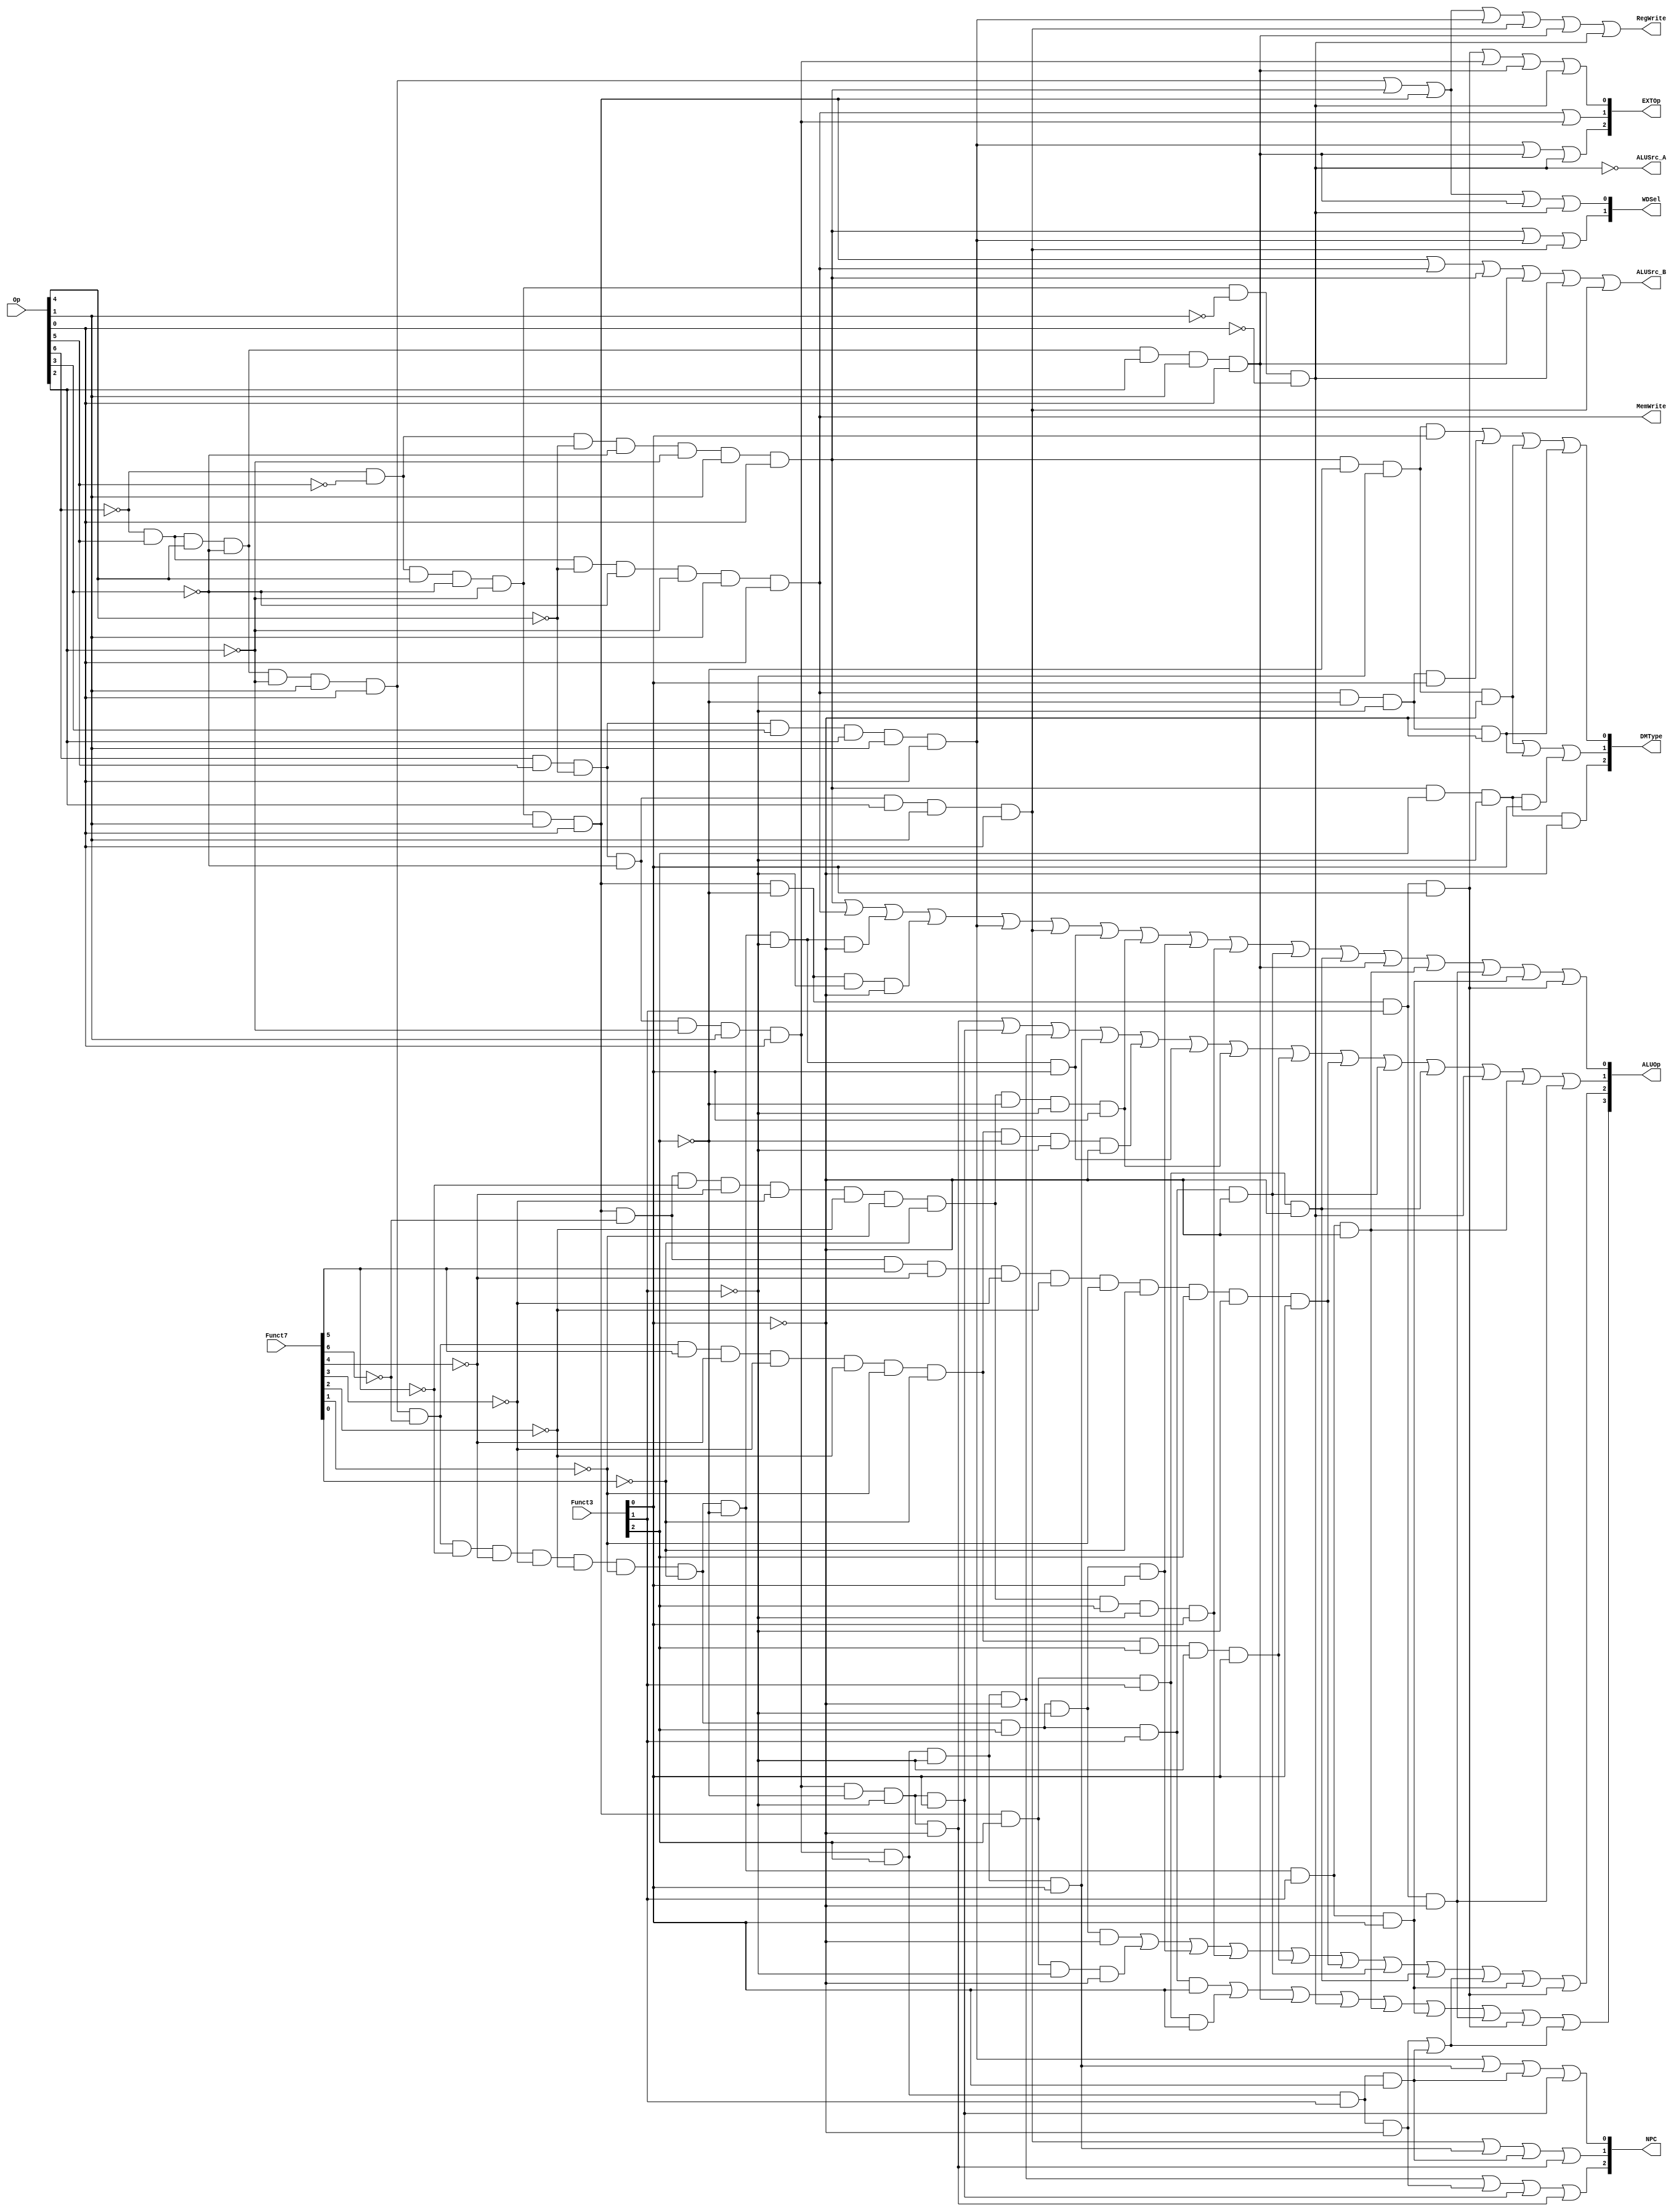
`timescale 1ns / 1ps
//////////////////////////////////////////////////////////////////////////////////
// Company: 
// Engineer: 
// 
// Design Name: 
// Module Name: CTRL
// Project Name: 
// Target Devices: 
// Tool Versions: 
// Description: 
// 
// Dependencies: 
// 
// Revision:
// Revision 0.01 - File Created
// Additional Comments:
// 
//////////////////////////////////////////////////////////////////////////////////

module ctrl(
    input [6:0] Op,  //opcode
    input [6:0] Funct7,  //funct7 
    input [2:0] Funct3,    // funct3 
    output RegWrite, // control signal for register write
    output MemWrite, // control signal for memory write
    output [2:0]EXTOp,    // control signal to signed extension
    output [3:0]ALUOp,    // ALU opertion
    output [2:0]NPC,    // next pc operation
    output ALUSrc_A,   // ALU source for a
    output ALUSrc_B,   // ALU source for b
    output [2:0]DMType, //dm r/w type
    output [1:0]WDSel    // (register) write data selection  (MemtoReg) 
    );
    
    wire i_nop = ~Op[6]&~Op[5]&~Op[4]&~Op[3]&~Op[2]&~Op[1]&~Op[0]; // 0000000
    
    wire itype_r = ~Op[6]&Op[5]&Op[4]&~Op[3]&~Op[2]&Op[1]&Op[0]; //0110011
    wire i_add = itype_r&~Funct7[6]&~Funct7[5]&~Funct7[4]&~Funct7[3]&~Funct7[2]&~Funct7[1]&~Funct7[0]&~Funct3[2]&~Funct3[1]&~Funct3[0]; // add 0000000 000
    wire i_sub = itype_r&~Funct7[6]&Funct7[5]&~Funct7[4]&~Funct7[3]&~Funct7[2]&~Funct7[1]&~Funct7[0]&~Funct3[2]&~Funct3[1]&~Funct3[0]; // sub 0100000 000
    wire i_sll = itype_r&~Funct7[6]&~Funct7[5]&~Funct7[4]&~Funct7[3]&~Funct7[2]&~Funct7[1]&~Funct7[0]&~Funct3[2]& ~Funct3[1]& Funct3[0]; // sll 0000000 001
    wire i_slt = itype_r&~Funct7[6]&~Funct7[5]&~Funct7[4]&~Funct7[3]&~Funct7[2]&~Funct7[1]&~Funct7[0]&~Funct3[2]& Funct3[1]& ~Funct3[0]; // slt 0000000 010
    wire i_sltu = itype_r&~Funct7[6]&~Funct7[5]&~Funct7[4]&~Funct7[3]&~Funct7[2]&~Funct7[1]&~Funct7[0]&~Funct3[2]& Funct3[1]& Funct3[0]; // sltu 0000000 011
    wire i_xor = itype_r&~Funct7[6]&~Funct7[5]&~Funct7[4]&~Funct7[3]&~Funct7[2]&~Funct7[1]&~Funct7[0]&Funct3[2]& ~Funct3[1]& ~Funct3[0]; // xor 0000000 100
    wire i_srl = itype_r& ~Funct7[6]&~Funct7[5]&~Funct7[4]&~Funct7[3]&~Funct7[2]&~Funct7[1]&~Funct7[0]&Funct3[2]& ~Funct3[1]& Funct3[0]; // srl 0000000 101
    wire i_sra = itype_r& ~Funct7[6]&Funct7[5]&~Funct7[4]&~Funct7[3]&~Funct7[2]&~Funct7[1]&~Funct7[0]&Funct3[2]& ~Funct3[1]& Funct3[0]; // sra 0000000 101
    wire i_or = itype_r&~Funct7[6]&~Funct7[5]&~Funct7[4]&~Funct7[3]&~Funct7[2]&~Funct7[1]&~Funct7[0]&Funct3[2]& Funct3[1]& ~Funct3[0]; // or 0000000 110
    wire i_and = itype_r&~Funct7[6]&~Funct7[5]&~Funct7[4]&~Funct7[3]&~Funct7[2]&~Funct7[1]&~Funct7[0]&Funct3[2]& Funct3[1]& Funct3[0]; // and 0000000 111    
    
    
    wire itype_load  = ~Op[6]&~Op[5]&~Op[4]&~Op[3]&~Op[2]&Op[1]&Op[0]; //0000011
    wire i_lb = itype_load&~Funct3[2]& ~Funct3[1]& ~Funct3[0]; //lb 000
    wire i_lh = itype_load&~Funct3[2]& ~Funct3[1]& Funct3[0];  //lh 001
    wire i_lw = itype_load&~Funct3[2]& Funct3[1]& ~Funct3[0];  //lw 010
    wire i_ld = itype_load&~Funct3[2]& Funct3[1]& Funct3[0];  //ld 011
    wire i_lbu = itype_load&Funct3[2]& ~Funct3[1]& ~Funct3[0]; //lbu 100
    wire i_lhu = itype_load&Funct3[2]& ~Funct3[1]& Funct3[0]; //lhu 101
    wire i_lwu = itype_load&Funct3[2]& Funct3[1]& ~Funct3[0];  //lwu 110
    
    wire itype_imm  = ~Op[6]&~Op[5]&Op[4]&~Op[3]&~Op[2]&Op[1]&Op[0]; //0010011
    wire i_addi  =  itype_imm& ~Funct3[2]& ~Funct3[1]& ~Funct3[0]; // addi 000 func3
    wire i_slli  =  itype_imm&~Funct7[6]&~Funct7[5]&~Funct7[4]&~Funct7[3]&~Funct7[2]&~Funct7[1]&~Funct7[0]& ~Funct3[2]& ~Funct3[1]& Funct3[0]; // slli 001 0000000
    wire i_slti  =  itype_imm& ~Funct3[2]& Funct3[1]& ~Funct3[0]; // slti 010 func3
    wire i_sltiu  =  itype_imm& ~Funct3[2]& Funct3[1]& Funct3[0]; // sltiu 011 func3
    wire i_xori  =  itype_imm& Funct3[2]& ~Funct3[1]& ~Funct3[0]; // xori 100 func3
    wire i_srli  =  itype_imm&~Funct7[6]&~Funct7[5]&~Funct7[4]&~Funct7[3]&~Funct7[2]&~Funct7[1]&~Funct7[0]& Funct3[2]& ~Funct3[1]& Funct3[0]; // srli 101 0000000
    wire i_srai  =  itype_imm&~Funct7[6]&Funct7[5]&~Funct7[4]&~Funct7[3]&~Funct7[2]&~Funct7[1]&~Funct7[0]& Funct3[2]& ~Funct3[1]& Funct3[0]; // ssrai 101 0100000
    wire i_ori  =  itype_imm& Funct3[2]& Funct3[1]& ~Funct3[0]; // ori 110 func3
    wire i_andi  =  itype_imm& Funct3[2]& Funct3[1]& Funct3[0]; // andi 111 func3
    
    wire itype_s = ~Op[6]&Op[5]&~Op[4]&~Op[3]&~Op[2]&Op[1]&Op[0];//0100011
    wire i_sb = itype_s& ~Funct3[2]& ~Funct3[1]& ~Funct3[0]; // sb 000
    wire i_sh = itype_s& ~Funct3[2]& ~Funct3[1]&  Funct3[0]; // sh 001
    wire i_sw = itype_s& ~Funct3[2]&  Funct3[1]& ~Funct3[0]; // sw 010
    
    
    wire itype_sb = Op[6]&Op[5]&~Op[4]&~Op[3]&~Op[2]&Op[1]&Op[0];//1100011
    wire i_beq = itype_sb&~Funct3[2]&~Funct3[1]&~Funct3[0]; // beq 000
    wire i_bne = itype_sb&~Funct3[2]&~Funct3[1]& Funct3[0]; // bne 001
    wire i_blt = itype_sb& Funct3[2]&~Funct3[1]&~Funct3[0]; // blt 100
    wire i_bge = itype_sb& Funct3[2]&~Funct3[1]& Funct3[0]; // bge 101
    wire i_bltu = itype_sb& Funct3[2]& Funct3[1]& ~Funct3[0]; // bltu 110
    wire i_bgeu = itype_sb& Funct3[2]& Funct3[1]& Funct3[0]; // bgeu 111
    wire itype_sb_sign = i_beq | i_bne | i_blt | i_bge;
    wire itype_sb_unsign = i_bltu | i_bgeu;
    
    wire i_jal = Op[6]&Op[5]&~Op[4]&Op[3]&Op[2]&Op[1]&Op[0];//1101111
    wire i_jalr = Op[6]&Op[5]&~Op[4]&~Op[3]&Op[2]&Op[1]&Op[0];//1100111
    wire i_lui = ~Op[6]&Op[5]&Op[4]&~Op[3]&Op[2]&Op[1]&Op[0];//0110111
    wire i_auipc = ~Op[6]&~Op[5]&Op[4]&~Op[3]&~Op[2]&~Op[1]&~Op[0];//0010111
    
   
    assign RegWrite = itype_r | itype_load | itype_imm | i_jal | i_jalr | i_lui | i_auipc;// register write
    assign MemWrite = itype_s;    // memory write
    assign ALUSrc_A = ~i_auipc;
    assign ALUSrc_B = itype_imm | itype_s | itype_load | i_lui | i_auipc | i_jalr;
    
    assign WDSel[0] = itype_load | itype_r | itype_imm | i_lui | i_auipc;   
    assign WDSel[1] = itype_load | i_jal | i_jalr;
    
    assign ALUOp[0] = itype_load | itype_s | i_add | i_addi | i_jal | i_jalr | i_sll | i_slli | i_srl | i_srli | i_or | i_ori | i_lui | i_slt | i_slti | i_sltu | i_sltiu;
    assign ALUOp[1] = itype_sb_sign | i_sub | i_sll | i_slli | i_sra | i_srai | i_or | i_ori | i_auipc | i_slt | i_slti;
    assign ALUOp[2] = i_xor | i_xori | i_srl | i_srli | i_sra | i_srai | i_or | i_ori | itype_sb_unsign | i_sltu | i_sltiu;
    assign ALUOp[3] = i_and | i_andi | i_lui | i_auipc | i_slt | i_sltu | i_slti | i_sltiu | itype_sb_unsign;
   
    assign EXTOp[0] = i_sltiu | itype_sb | i_lui | i_auipc;
    assign EXTOp[1] = itype_s | itype_sb; 
    assign EXTOp[2] = i_jal | | i_lui | i_auipc;
    
    assign DMType[2] = i_lbu;
    assign DMType[1] = i_lb | i_sb | i_lhu;
    assign DMType[0] = i_lh | i_sh | i_lb | i_sb;
    
    assign NPC[0] = i_jal | i_bge | i_bgeu | i_bne;
    assign NPC[1] = i_jalr | i_bge | i_bgeu | i_beq;
    assign NPC[2] = i_blt | i_bltu | i_bne | i_beq;
endmodule